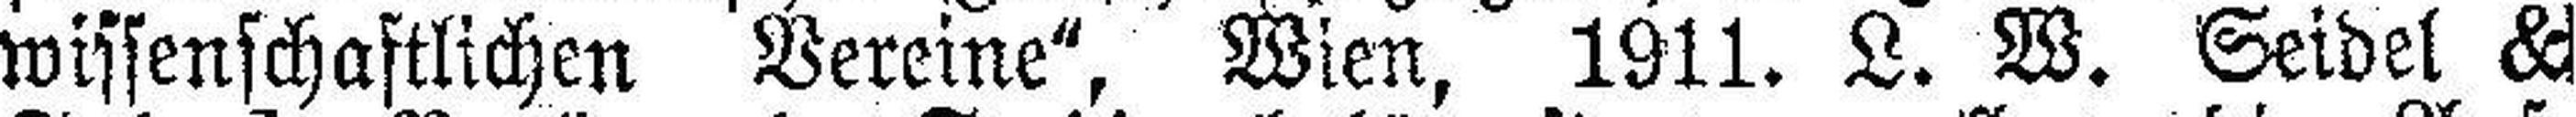
wissenschaftlichen Vereine", Wien, 1911. L. W. Seidel ###